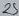
Text: 25